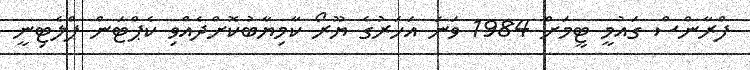
ފްރާންސް ގައުމީ ޓީމަށް 1984 ވަނަ އަހަރުގެ ޔޫރޯ ކާމިޔާބުކޮށްދެއްވި ކެޕްޓަން ޕްލެޓިނީ